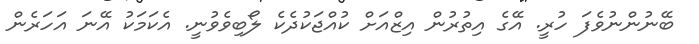
ބޭނުންނުވެފަ ހުރީ. އޭގެ އިތުރުން އިޒްއަށް ކުއްޖަކުދެކެ ލޯބިވެވުނީ. އެކަމަކު އޭނަ އަހަރެން